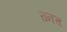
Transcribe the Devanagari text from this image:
रानच